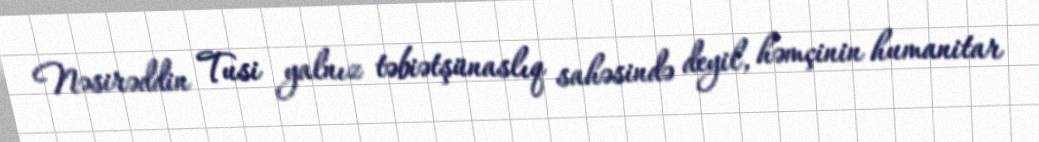
Nəsirəddin Tusi yalnız təbiətşünaslıq sahəsində deyil, həmçinin humanitar